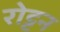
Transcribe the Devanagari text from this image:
रोट्टन